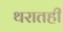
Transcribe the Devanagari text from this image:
थरातही